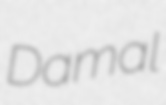
Damal